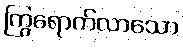
ကြွရောက်လာသော